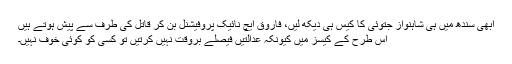
ابھی سندھ میں ہی شاہنواز جتوئی کا کیس ہی دیکھ لیں، فاروق ایچ نائیک پروفیشنل بن کر قاتل کی طرف سے پیش ہوتے ہیں
اس طرح کے کیسز میں کیونکہ عدالتیں فیصلے بروقت نہیں کرتیں تو کسی کو کوئی خوف نہیں۔